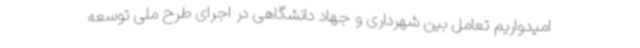
امیدواریم تعامل بین شهرداری و جهاد دانشگاهی در اجرای طرح ملی توسعه